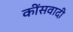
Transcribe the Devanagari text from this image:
कींसवादी